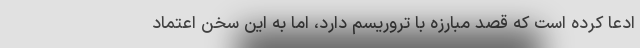
ادعا کرده است که قصد مبارزه با تروریسم دارد، اما به این سخن اعتماد